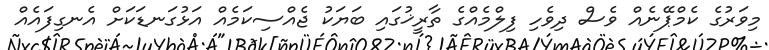
މިވަރުގެ ކެމްޕޭނެއް ވެސް ދިވެހި ފިލްމެއްގެ ތާރީޚުގައި ބަޔަކު ޖެއްސިކަމެއް އަޅުގަނޑަކަށް އެނގިފައެއް